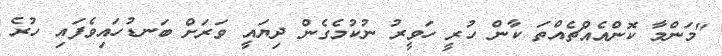
"މަންމާ ކޮންއެއްޗެއްތަ ކާން ހުރީ ހަވީރު ނުކުމެގެން ދިޔައީ ވަރަށް ބަނޑުހައިވެފައި ހުރެ